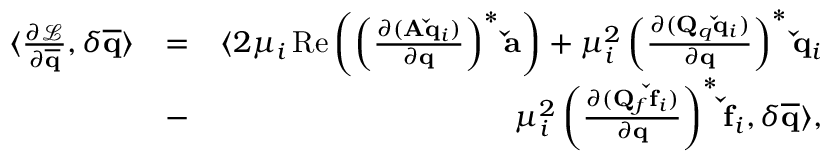
\begin{array} { r l r } { \langle \frac { \partial \mathcal { L } } { \partial \mathbf { \overline { { q } } } } , \delta \mathbf { \overline { { q } } } \rangle } & { = } & { \langle 2 \mu _ { i } \operatorname { R e } \left( \left( \frac { \partial ( \mathbf { A } \mathbf { \check { q } } _ { i } ) } { \partial \mathbf { q } } \right) ^ { * } \mathbf { \check { a } } \right) + \mu _ { i } ^ { 2 } \left( \frac { \partial ( \mathbf { Q } _ { q } \mathbf { \check { q } } _ { i } ) } { \partial \mathbf { q } } \right) ^ { * } \mathbf { \check { q } } _ { i } } \\ & { - } & { \mu _ { i } ^ { 2 } \left( \frac { \partial ( \mathbf { Q } _ { f } \mathbf { \check { f } } _ { i } ) } { \partial \mathbf { q } } \right) ^ { * } \mathbf { \check { f } } _ { i } , \delta \mathbf { \overline { { q } } } \rangle , } \end{array}